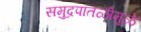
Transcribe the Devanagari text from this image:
समुद्रपातळीमुळे